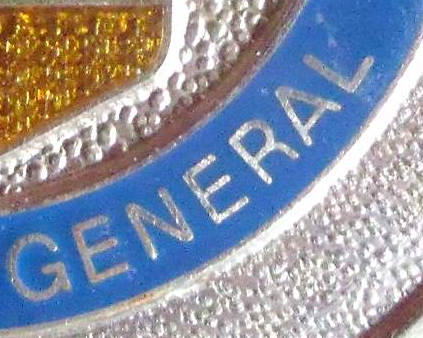
GENERAL